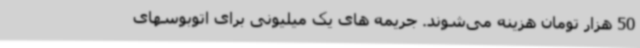
50 هزار تومان هزینه می‌شوند. جریمه های یک میلیونی برای اتوبوسهای